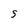
Character: S